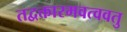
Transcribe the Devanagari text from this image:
तद्वक्तारमवत्ववतु